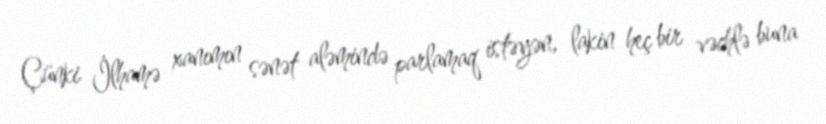
Çünki İlhamə xanımın sənət aləmində parlamaq istəyən, lakin heç bir vəchlə buna